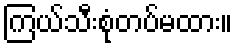
ကြယ်သီးစုံတပ်မထား။